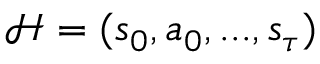
\mathcal { H } = ( s _ { 0 } , a _ { 0 } , . . . , s _ { \tau } )